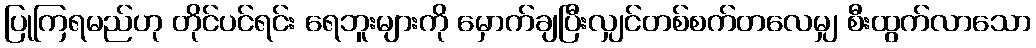
ပြုကြရမည်ဟု တိုင်ပင်ရင်း ရေဘူးများကို မှောက်ချပြီးလျှင်တစ်စက်တလေမျှ စီးထွက်လာသော